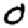
Digit: 0